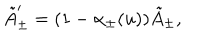
\tilde { A } _ { \pm } ^ { \prime } = ( 1 - \alpha _ { \pm } ( u ) ) \tilde { A } _ { \pm } ,